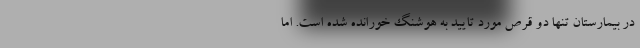
در بیمارستان تنها دو قرص مورد تایید به هوشنگ خورانده شده است. اما